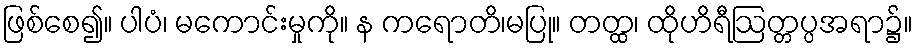
ဖြစ်စေ၍။ ပါပံ၊ မကောင်းမှုကို။ န ကရောတိ၊မပြု။ တတ္ထ၊ ထိုဟိရီဩတ္တပ္ပအရာ၌။